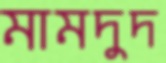
মামদুদ